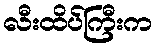
လီးထိပ်ကြီးက